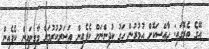
އޭގެ ތެރޭގައި: ހާއްސަކޮށް އުމުރުން ހަގު ކުދިންނަށް ކެފެއިން އަސަރުކުރުމަށް މާގިނައިން ކެފެއިން